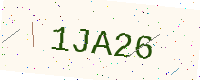
Text: 1JA26